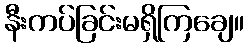
နီးကပ်ခြင်းမရှိကြချေ။